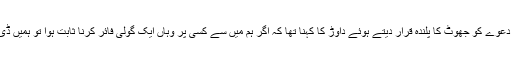
چیک پوسٹ پر حملہ کرنے کے دعوے کو جھوٹ کا پلندہ قرار دیتے ہوئے داوڑ کا کہنا تھا کہ اگر ہم میں سے کسی پر وہاں ایک گولی فائر کرنا ثابت ہوا تو ہمیں ڈی چوک پر پھانسی دے دی جائے۔